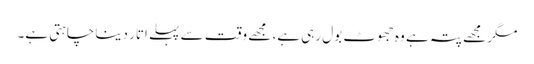
مگر مجھے پتہ ہے وہ جھوٹ بول رہی ہے، مجھے وقت سے پہلے اتار دینا چاہتی ہے۔